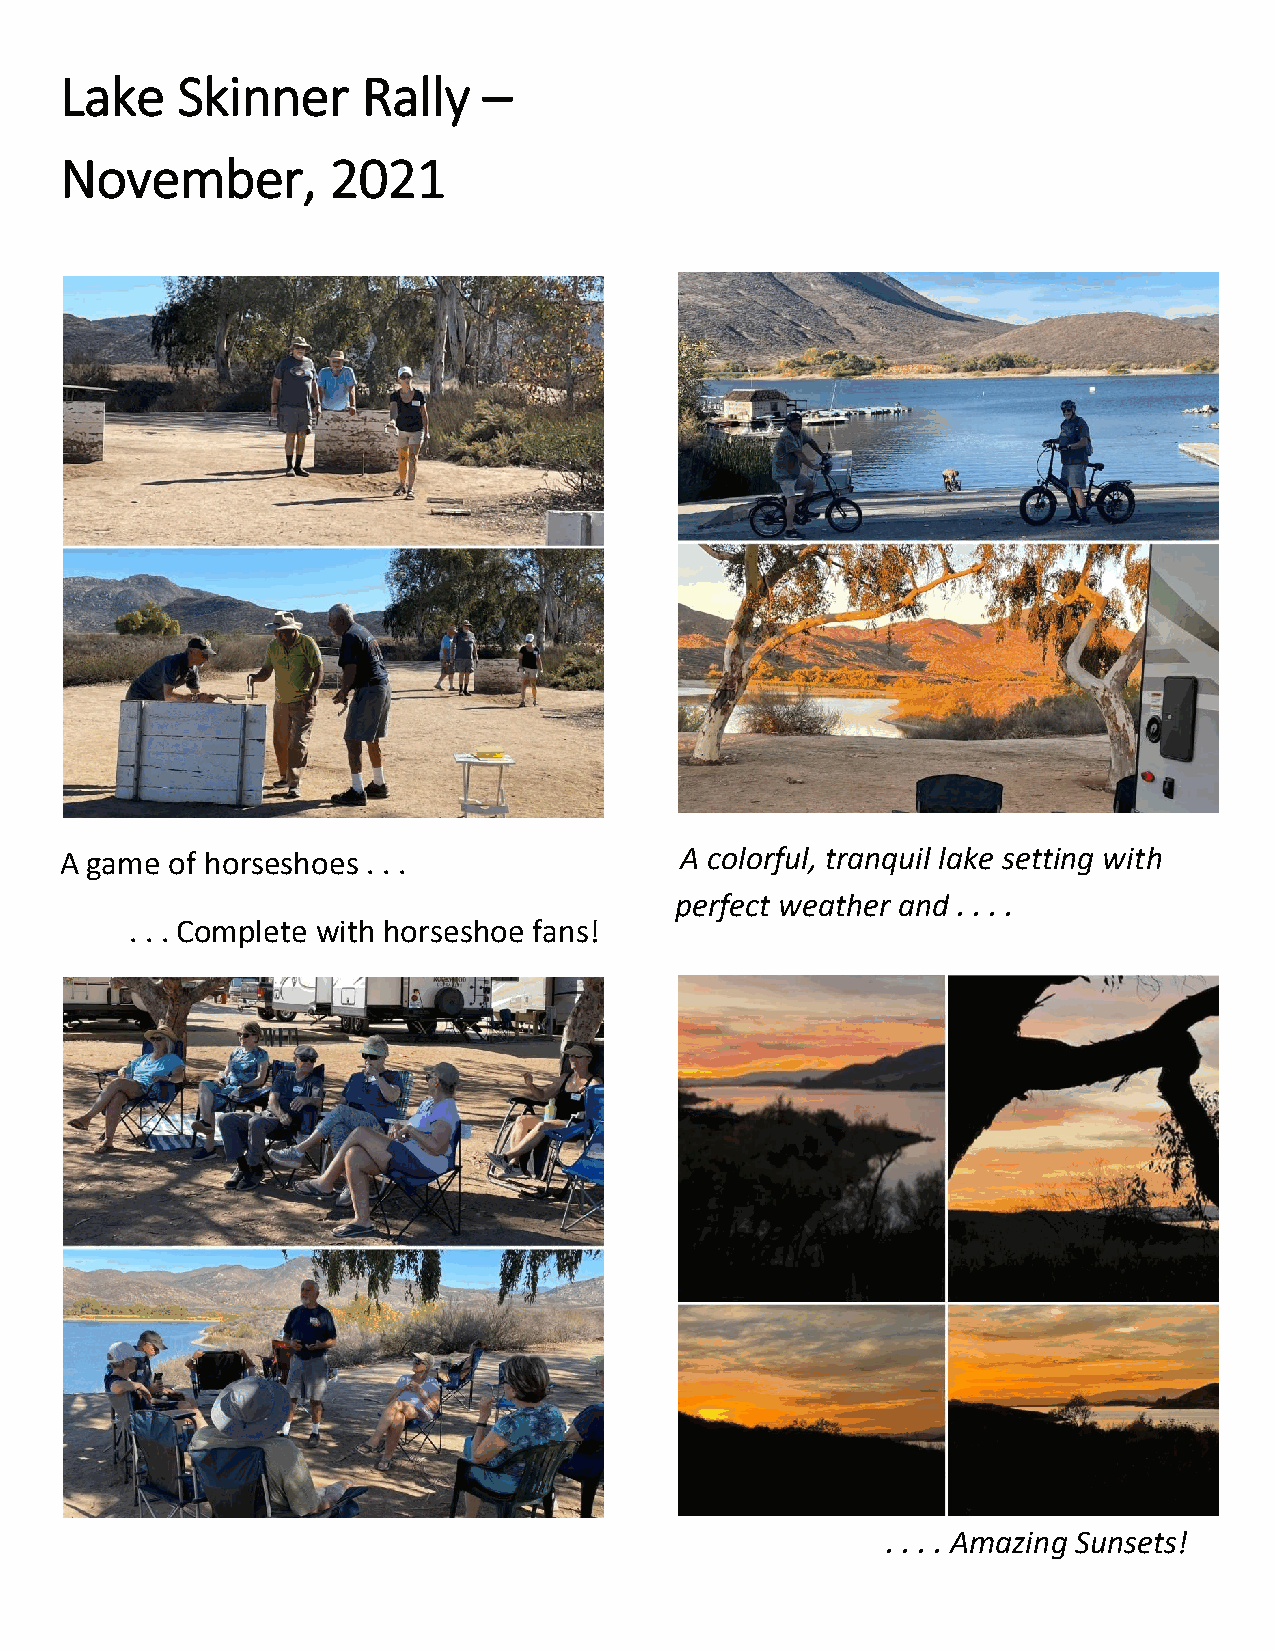
Lake    Skinner     Rally   –
 November,         2021
 A game of horseshoes . . .               A colorful, tranquil lake setting with
 perfect weather and . . . .
 . . . Complete with horseshoe fans!
 . . . . Amazing Sunsets!